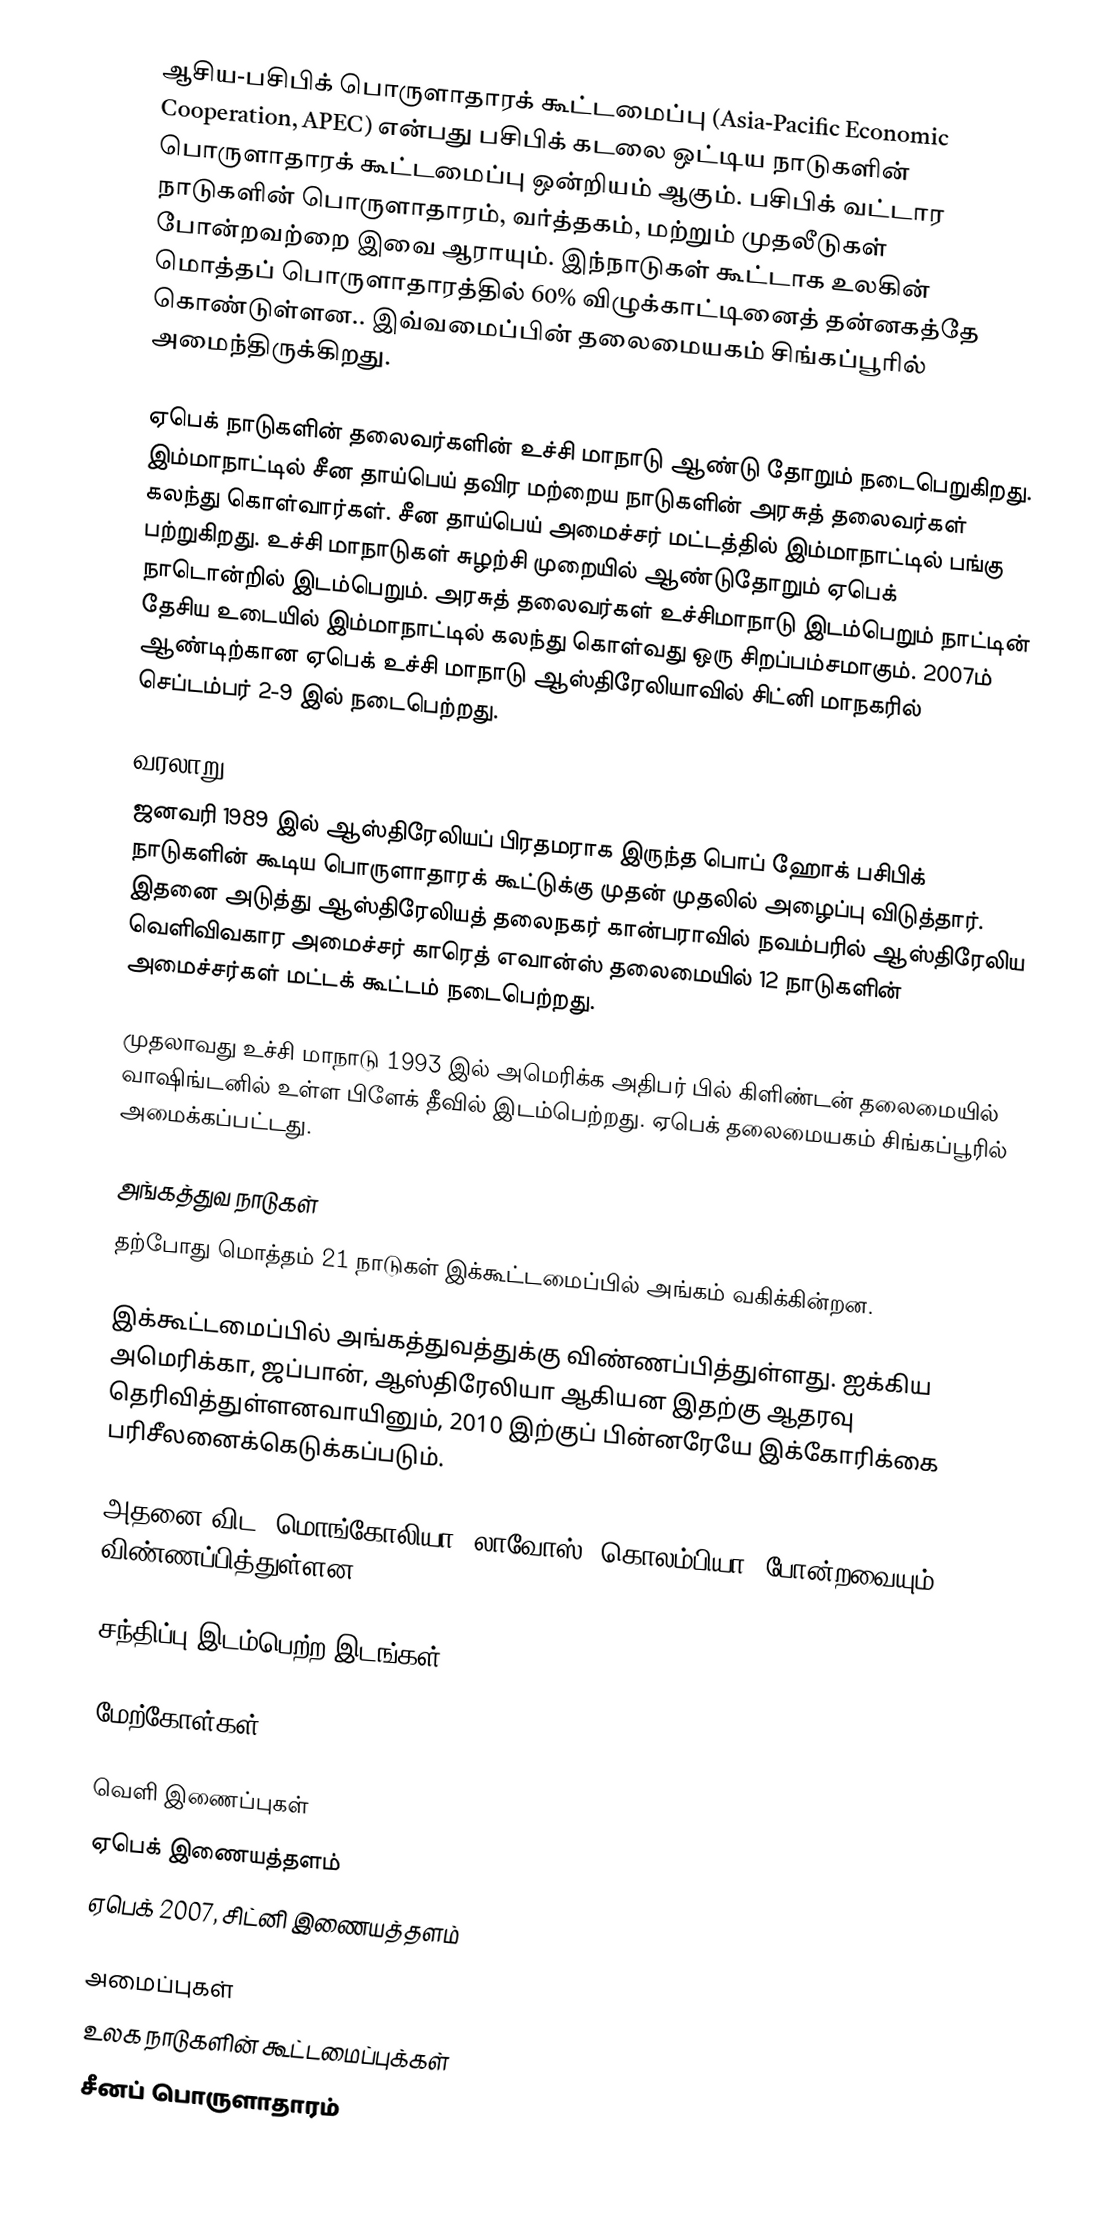
ஆசிய-பசிபிக் பொருளாதாரக் கூட்டமைப்பு (Asia-Pacific Economic Cooperation, APEC) என்பது பசிபிக் கடலை ஒட்டிய நாடுகளின் பொருளாதாரக் கூட்டமைப்பு ஒன்றியம் ஆகும். பசிபிக் வட்டார நாடுகளின் பொருளாதாரம், வர்த்தகம், மற்றும் முதலீடுகள் போன்றவற்றை இவை ஆராயும். இந்நாடுகள் கூட்டாக உலகின் மொத்தப் பொருளாதாரத்தில் 60% விழுக்காட்டினைத் தன்னகத்தே கொண்டுள்ளன.. இவ்வமைப்பின் தலைமையகம் சிங்கப்பூரில் அமைந்திருக்கிறது.

ஏபெக் நாடுகளின் தலைவர்களின் உச்சி மாநாடு ஆண்டு தோறும் நடைபெறுகிறது. இம்மாநாட்டில் சீன தாய்பெய் தவிர மற்றைய நாடுகளின் அரசுத் தலைவர்கள் கலந்து கொள்வார்கள். சீன தாய்பெய் அமைச்சர் மட்டத்தில் இம்மாநாட்டில் பங்கு பற்றுகிறது. உச்சி மாநாடுகள் சுழற்சி முறையில் ஆண்டுதோறும் ஏபெக் நாடொன்றில் இடம்பெறும். அரசுத் தலைவர்கள் உச்சிமாநாடு இடம்பெறும் நாட்டின் தேசிய உடையில் இம்மாநாட்டில் கலந்து கொள்வது ஒரு சிறப்பம்சமாகும். 2007ம் ஆண்டிற்கான ஏபெக் உச்சி மாநாடு ஆஸ்திரேலியாவில் சிட்னி மாநகரில் செப்டம்பர் 2-9 இல் நடைபெற்றது.

வரலாறு
ஜனவரி 1989 இல் ஆஸ்திரேலியப் பிரதமராக இருந்த பொப் ஹோக் பசிபிக் நாடுகளின் கூடிய பொருளாதாரக் கூட்டுக்கு முதன் முதலில் அழைப்பு விடுத்தார். இதனை அடுத்து ஆஸ்திரேலியத் தலைநகர் கான்பராவில் நவம்பரில் ஆஸ்திரேலிய வெளிவிவகார அமைச்சர் காரெத் எவான்ஸ் தலைமையில் 12 நாடுகளின் அமைச்சர்கள் மட்டக் கூட்டம் நடைபெற்றது.

முதலாவது உச்சி மாநாடு 1993 இல் அமெரிக்க அதிபர் பில் கிளிண்டன் தலைமையில் வாஷிங்டனில் உள்ள பிளேக் தீவில் இடம்பெற்றது. ஏபெக் தலைமையகம் சிங்கப்பூரில் அமைக்கப்பட்டது.

அங்கத்துவ நாடுகள்
தற்போது மொத்தம் 21 நாடுகள் இக்கூட்டமைப்பில் அங்கம் வகிக்கின்றன.

 இக்கூட்டமைப்பில் அங்கத்துவத்துக்கு விண்ணப்பித்துள்ளது. ஐக்கிய அமெரிக்கா, ஜப்பான், ஆஸ்திரேலியா ஆகியன இதற்கு ஆதரவு தெரிவித்துள்ளனவாயினும், 2010 இற்குப் பின்னரேயே இக்கோரிக்கை பரிசீலனைக்கெடுக்கப்படும்.

அதனை விட, மொங்கோலியா, லாவோஸ், கொலம்பியா,  போன்றவையும் விண்ணப்பித்துள்ளன.

சந்திப்பு இடம்பெற்ற இடங்கள்

மேற்கோள்கள்

வெளி இணைப்புகள்
 ஏபெக் இணையத்தளம்
 ஏபெக் 2007, சிட்னி இணையத்தளம்

அமைப்புகள்
உலக நாடுகளின் கூட்டமைப்புக்கள்
சீனப் பொருளாதாரம்